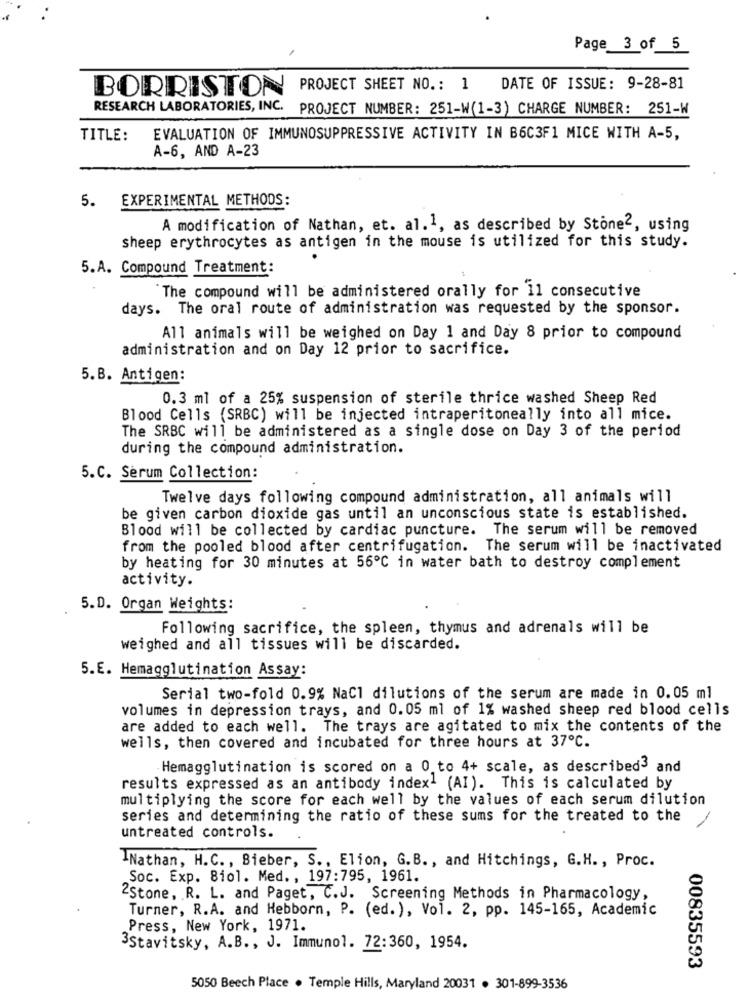
Page 3 of 5
BORRISTON PROJECT SHEET NO .: 1 DATE OF ISSUE: 9-28-81
RESEARCH LABORATORIES, INC. PROJECT NUMBER: 251-W(1-3) CHARGE NUMBER: 251-W
TITLE:
EVALUATION OF IMMUNOSUPPRESSIVE ACTIVITY IN B6C3F1 MICE WITH A-5,
A-6, AND A-23
5. EXPERIMENTAL METHODS:
A modification of Nathan, et. al.1, as described by Stone2, using
sheep erythrocytes as antigen in the mouse is utilized for this study.
5.A. Compound Treatment:
The compound will be administered orally for 11 consecutive
days. The oral route of administration was requested by the sponsor.
All animals will be weighed on Day 1 and Day 8 prior to compound
administration and on Day 12 prior to sacrifice.
5.B. Antigen:
0.3 ml of a 25% suspension of sterile thrice washed Sheep Red
Blood Cells (SRBC) will be injected intraperitoneally into all mice.
The SRBC will be administered as a single dose on Day 3 of the period
during the compound administration.
5.C. Serum Collection:
Twelve days following compound administration, all animals will
be given carbon dioxide gas until an unconscious state is established.
Blood will be collected by cardiac puncture. The serum will be removed
from the pooled blood after centrifugation. The serum will be inactivated
by heating for 30 minutes at 56º℃ in water bath to destroy complement
activity.
5.D. Organ Weights:
Following sacrifice, the spleen, thymus and adrenals will be
weighed and all tissues will be discarded.
5.E. Hemagglutination Assay:
Serial two-fold 0.9% NaCl dilutions of the serum are made in 0.05 ml
volumes in depression trays, and 0.05 ml of 1% washed sheep red blood cells
are added to each well. The trays are agitated to mix the contents of the
wells, then covered and incubated for three hours at 37℃.
Hemagglutination is scored on a 0 to 4+ scale, as described3 and
results expressed as an antibody index1 (AI). This is calculated by
multiplying the score for each well by the values of each serum dilution
series and determining the ratio of these sums for the treated to the
untreated controls.
Nathan, H.C ., Bieber, S ., Elion, G.B ., and Hitchings, G.H ., Proc.
Soc. Exp. 8io1. Med ., 197:795, 1961.
2Stone, R. L. and Paget, C.J. Screening Methods in Pharmacology,
Turner, R.A. and Hebborn, P. (ed.), Vol. 2, pp. 145-165, Academic
Press, New York, 1971.
3Stavitsky, A.B ., J. Immunol. 72:360, 1954.
00835593
5050 Beech Place . Temple Hills, Maryland 20031 . 301-899-3536